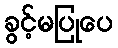
ခွင့်မပြုပေ